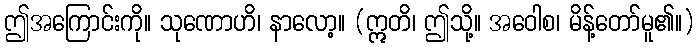
ဤအကြောင်းကို။ သုဏောဟိ၊ နာလော့။ (ဣတိ၊ ဤသို့။ အဝေါစ၊ မိန့်တော်မူ၏။)